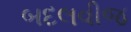
બદલવીજ